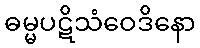
ဓမ္မပဋိသံဝေဒိနော